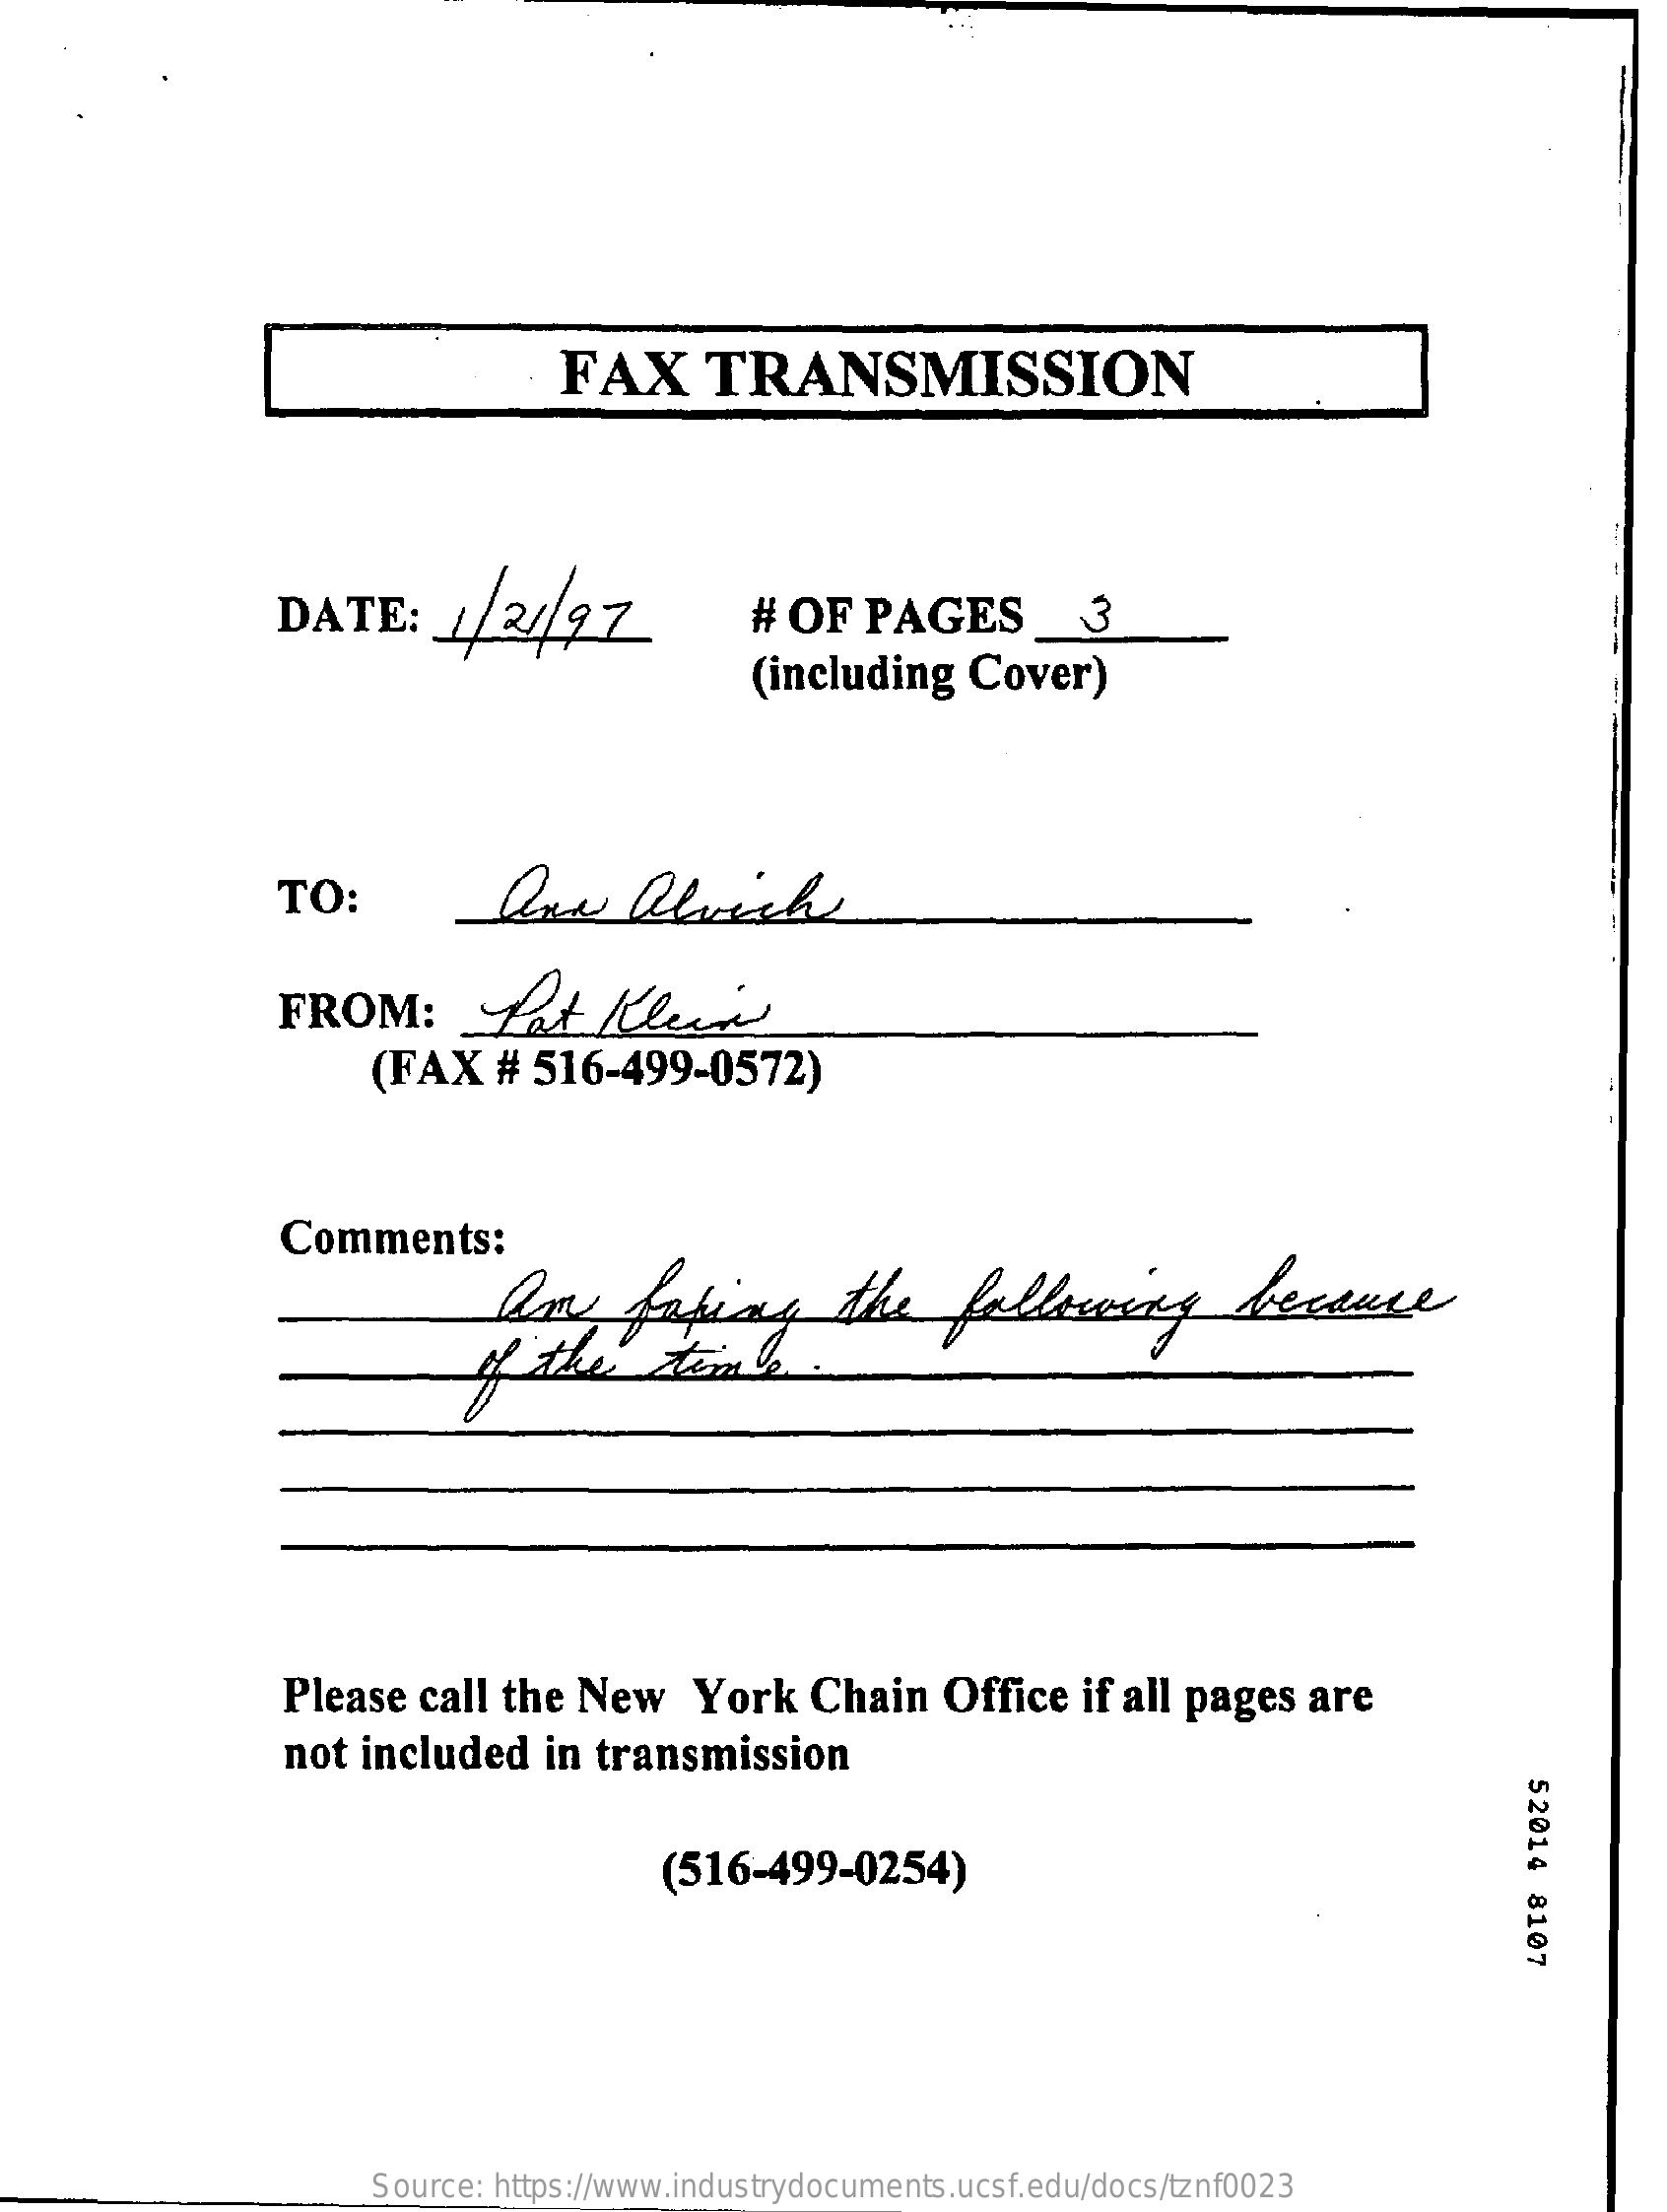
FAX    TRANSMISSION
     DATE:    1/24/97    # OF   PAGES    3
     (including    Cover)
     TO:    One    alvich
     FROM    :  Lat    Klein
     (FAX    # 516-499-0572)
     Comments:
     Am    going    the    following    because
     of  the    time
     Please   call the  New    York    Chain   Office   if all pages   are
     not  included    in transmission
     52014
     8107
     (516-499-0254)
     Source: https://www.industrydocuments.ucsf.edu/docs/tznf0023